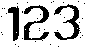
123